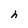
Character: h